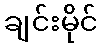
ချင်းမိုင်